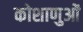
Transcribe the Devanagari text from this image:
कोशाणुओं